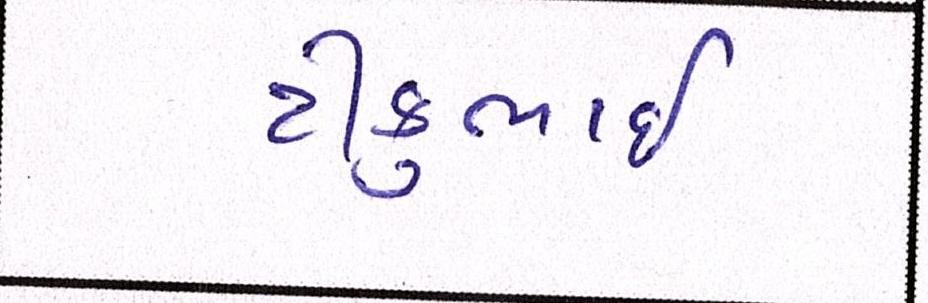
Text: ટીકુભાઇ